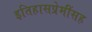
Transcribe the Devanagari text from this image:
इतिहासप्रेमींसह